Source: Handwritten
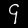
Digit: ၄ (4)